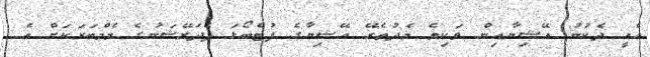
އެއީ ދެކުނު އޭޝިޔާއިން ވަކިވެ މެދުތެރޭ އޭޝިޔާގެ ފުޓްބޯޅަ ފެދަރޭޝަނުގެ މެމްބަރަކަށް އެ